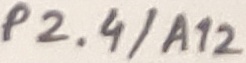
Text: P2.4/A12